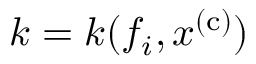
k = k ( f _ { i } , x ^ { \mathrm { ( c ) } } )